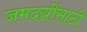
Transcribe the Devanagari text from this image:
जमदग्नींसाठी